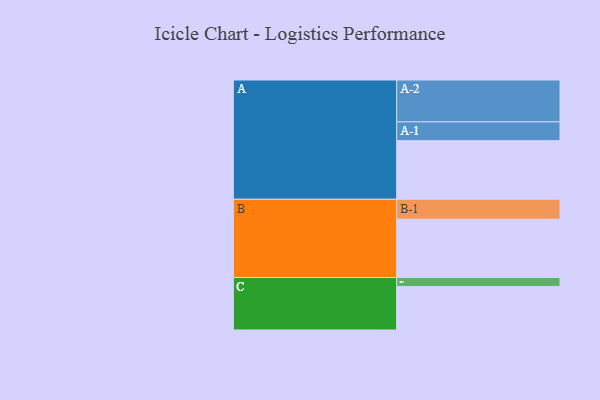
{"axis": {"x": "Segment", "y": "Value"}, "legend": ["", "A", "B", "C"], "data": [{"x": "A", "y": 414, "type": ""}, {"x": "B", "y": 412, "type": ""}, {"x": "C", "y": 308, "type": ""}, {"x": "A-1", "y": 133, "type": "A"}, {"x": "A-2", "y": 296, "type": "A"}, {"x": "B-1", "y": 141, "type": "B"}, {"x": "C-1", "y": 63, "type": "C"}]}